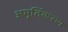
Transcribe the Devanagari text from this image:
अमूर्तिकरण